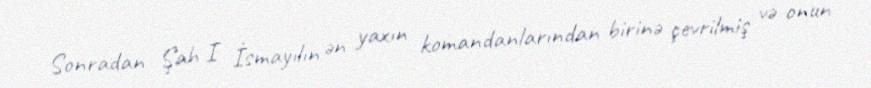
Sonradan Şah I İsmayılın ən yaxın komandanlarından birinə çevrilmiş və onun